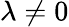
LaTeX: \lambda\neq 0